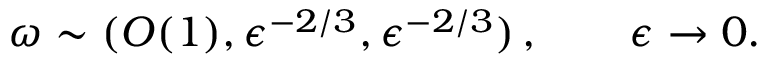
\boldsymbol { \omega } \sim ( O ( 1 ) , \epsilon ^ { - 2 / 3 } , \epsilon ^ { - 2 / 3 } ) \, , \qquad \epsilon \to 0 .